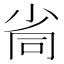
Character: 𡭸